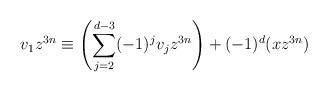
LaTeX: \begin{align*}v_1z^{3n} \equiv \left(\sum_{j=2}^{d-3}(-1)^{j}v_jz^{3n}\right)+(-1)^{d}(xz^{3n})\end{align*}